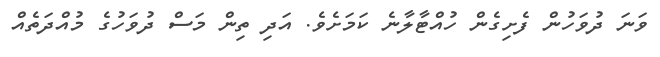
ވަނަ ދުވަހުން ފެށިގެން ހުއްޓާލާނެ ކަމަށެވެ. އަދި ތިން މަސް ދުވަހުގެ މުއްދަތެއް